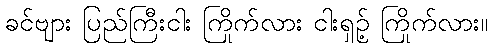
ခင်ဗျား ပြည်ကြီးငါး ကြိုက်လား ငါးရှဉ့် ကြိုက်လား။